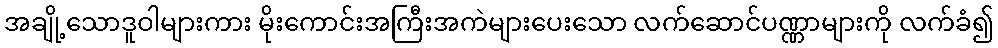
အချို့သောဒူဝါများကား မိုးကောင်းအကြီးအကဲများပေးသော လက်ဆောင်ပဏ္ဏာများကို လက်ခံ၍